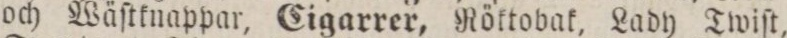
och Wäſtknappar, Cigarrer, Röktobak, Lady Twiſt,